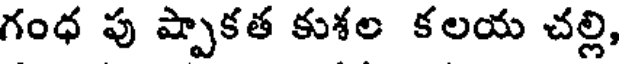
గంధ పు ష్పాకత కుశల కలయ చల్లి,